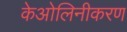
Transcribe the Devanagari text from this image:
केओलिनीकरण